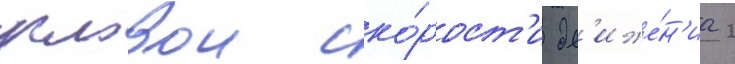
угловои ско́рост'и дв'иже́н'иа 2